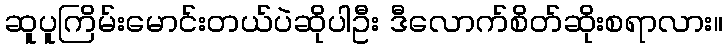
ဆူပူကြိမ်းမောင်းတယ်ပဲဆိုပါဦး ဒီလောက်စိတ်ဆိုးစရာလား။